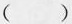
()